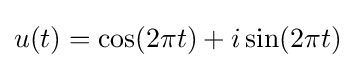
u(t)=\cos(2\pi t)+i\sin(2\pi t)